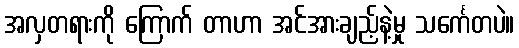
အလှတရားကို ကြောက် တာဟာ အင်အားချည့်နဲ့မှု သင်္ကေတပဲ။